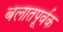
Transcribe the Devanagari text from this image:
बलातपूर्वक